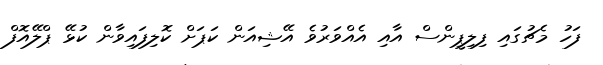
ފަހު މެޗުގައި ފިލިޕީންސް އާއި އެއްވަރުވެ އޭޝިއަން ކަޕަށް ކޮލިފައިވާން ކުޅޭ ޕްލޭއޮފް